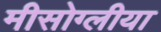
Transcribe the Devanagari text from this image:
मीसोग्लीया